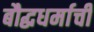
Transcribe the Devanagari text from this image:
बौद्धधर्माची